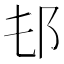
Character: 𨙲